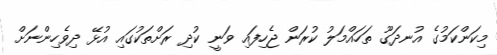
މިކަންކަމުގެ އުނދަގޫ ތަހައްމަލު ކުރަން ޖެހިފައި ވަނީ ކުދި ރަށްތަކުގައި އުޅޭ ދިވެހިންނަށް